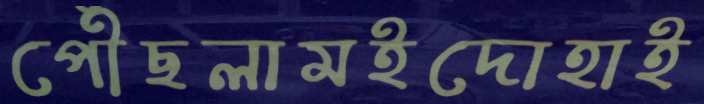
পৌঁছলামইদোহাই